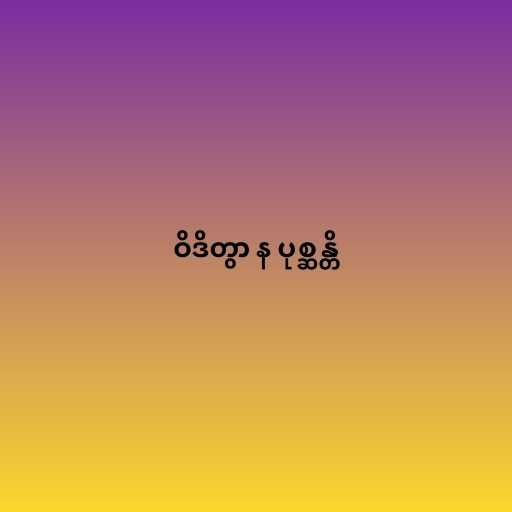
ဝိဒိတွာ န ပုစ္ဆန္တိ